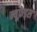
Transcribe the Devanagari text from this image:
न्यूफ़ेड्स